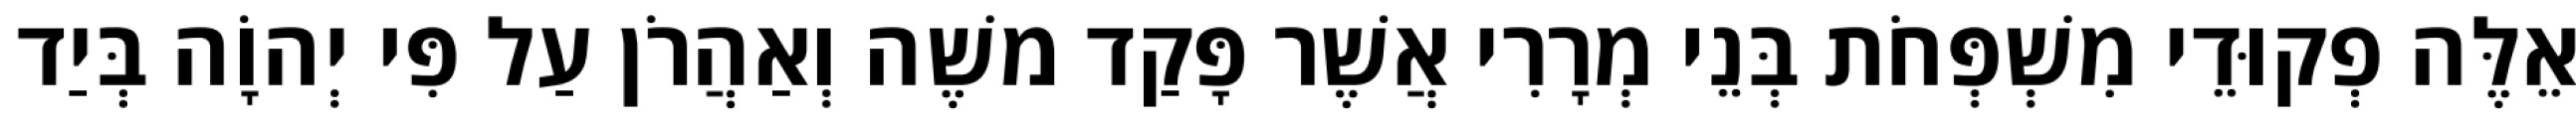
אֵלֶּה פְקוּדֵי מִשְׁפְּחֹת בְּנֵי מְרָרִי אֲשֶׁר פָּקַד משֶׁה וְאַהֲרֹן עַל פִּי יְהוָֹה בְּיַד